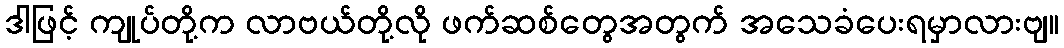
ဒါဖြင့် ကျုပ်တို့က လာဗယ်တို့လို ဖက်ဆစ်တွေအတွက် အသေခံပေးရမှာလားဗျ။